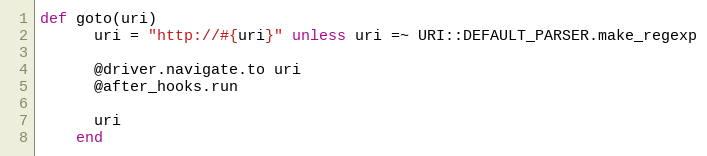
Language: Ruby
def goto(uri)
      uri = "http://#{uri}" unless uri =~ URI::DEFAULT_PARSER.make_regexp

      @driver.navigate.to uri
      @after_hooks.run

      uri
    end